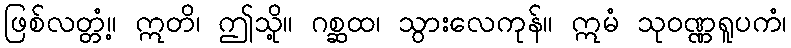
ဖြစ်လတ္တံ့။ ဣတိ၊ ဤသို့။ ဂစ္ဆထ၊ သွားလေကုန်။ ဣမံ သုဝဏ္ဏရူပကံ၊